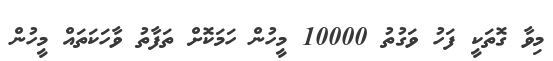
މިވާ ގޮތަކީ ފަހު ވަގުތު 10000 މީހުން ހަމަކޮށް ތަފާތު ވާހަކަތައް މީހުން